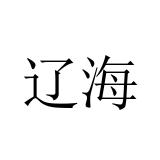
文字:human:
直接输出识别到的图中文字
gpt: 辽海